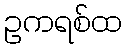
ဥကရစ်ထ